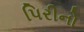
પિરીનો